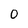
Character: 0